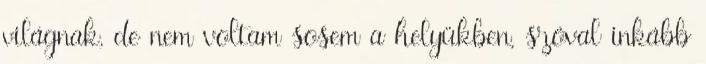
világnak, de nem voltam sosem a helyükben, szóval inkább